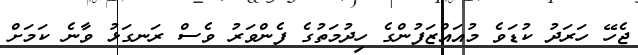
ޖެހޭ ހަރަދު ކުޑަވެ މުއައްޒަފުންގެ ހިދުމަތުގެ ފެންވަރު ވެސް ރަނގަޅު ވާނެ ކަމަށް